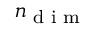
n _ { \textup { d i m } }